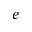
e